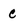
Character: C